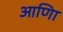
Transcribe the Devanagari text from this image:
आणिा